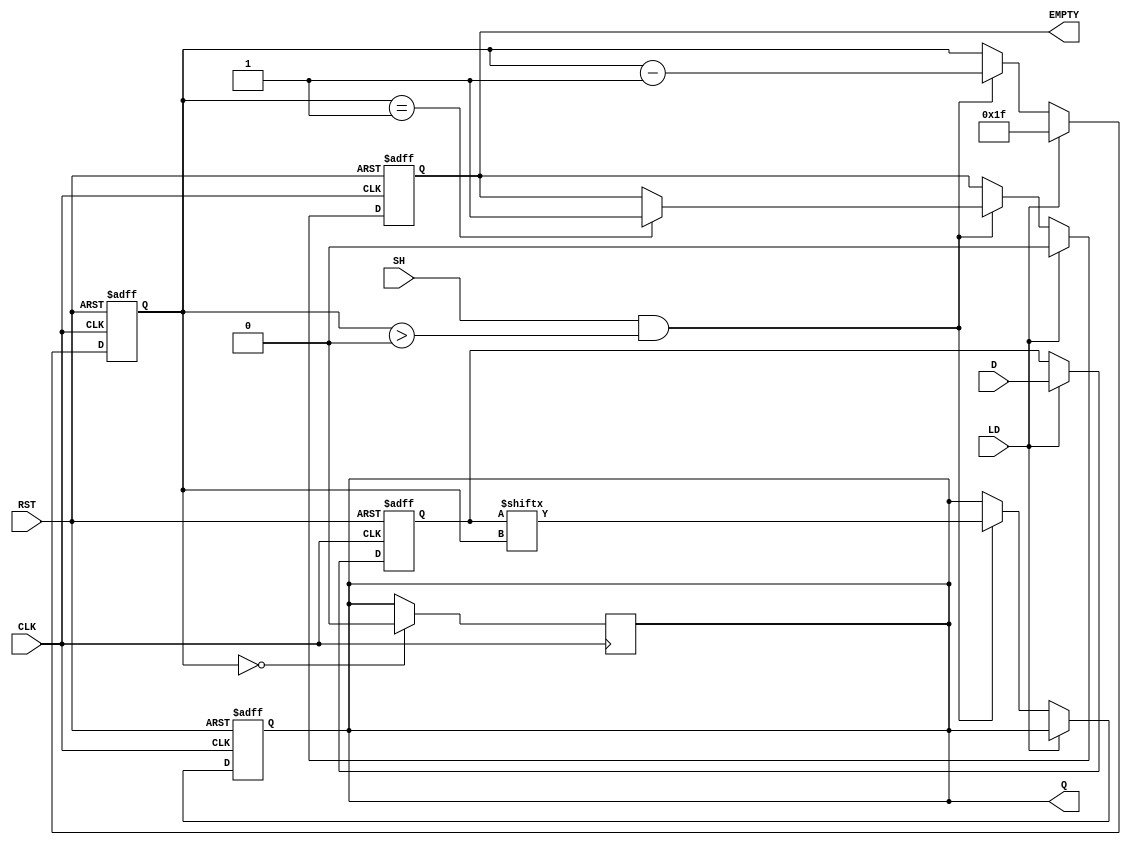
module PISO_32bit (
    input wire [31:0] D,      // Parallel Data Input
    input wire LD,            // Load signal
    input wire SH,            // Shift signal
    input wire CLK,           // Clock signal
    input wire RST,           // Reset signal
    output reg Q,             // Serial Output
    output reg EMPTY          // Empty signal
);

    reg [31:0] REG;           // Storage Register
    reg [4:0] counter;        // Counter to track the current bit being shifted out

    // Asynchronous Reset
    always @(posedge CLK or posedge RST) begin
        if (RST) begin
            REG <= 32'b0;     // Clear the register
            Q <= 1'b0;        // Clear the output
            counter <= 5'd0;  // Reset the counter
            EMPTY <= 1'b1;    // Register is empty
        end else begin
            if (LD) begin
                REG <= D;      // Load data into the register
                counter <= 5'd31; // Set counter to point to MSB
                EMPTY <= 1'b0; // Register is not empty
            end else if (SH && counter > 0) begin
                Q <= REG[counter]; // Shift out the current bit
                counter <= counter - 1; // Decrement the counter
                if (counter == 1) begin
                    EMPTY <= 1'b1; // Set EMPTY signal when all bits are shifted out
                end
            end
        end
    end

    // Handle the case when the last bit is shifted out
    always @(posedge CLK) begin
        if (counter == 0) begin
            Q <= 1'b0; // Ensure Q is set to 0 when empty
        end
    end

endmodule